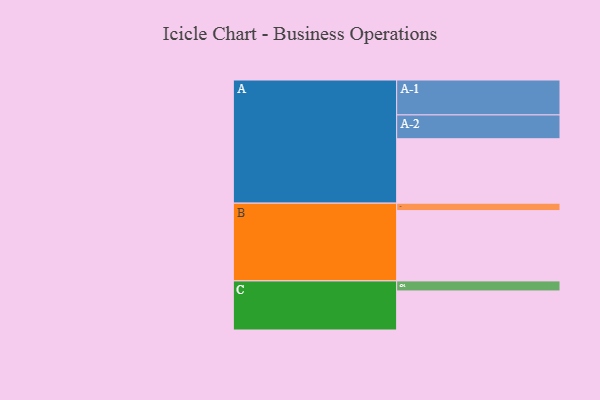
{"axis": {"x": "Segment", "y": "Value"}, "legend": ["", "A", "B", "C"], "data": [{"x": "A", "y": 546, "type": ""}, {"x": "B", "y": 596, "type": ""}, {"x": "C", "y": 331, "type": ""}, {"x": "A-1", "y": 296, "type": "A"}, {"x": "A-2", "y": 202, "type": "A"}, {"x": "B-1", "y": 63, "type": "B"}, {"x": "C-1", "y": 85, "type": "C"}]}